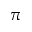
\pi